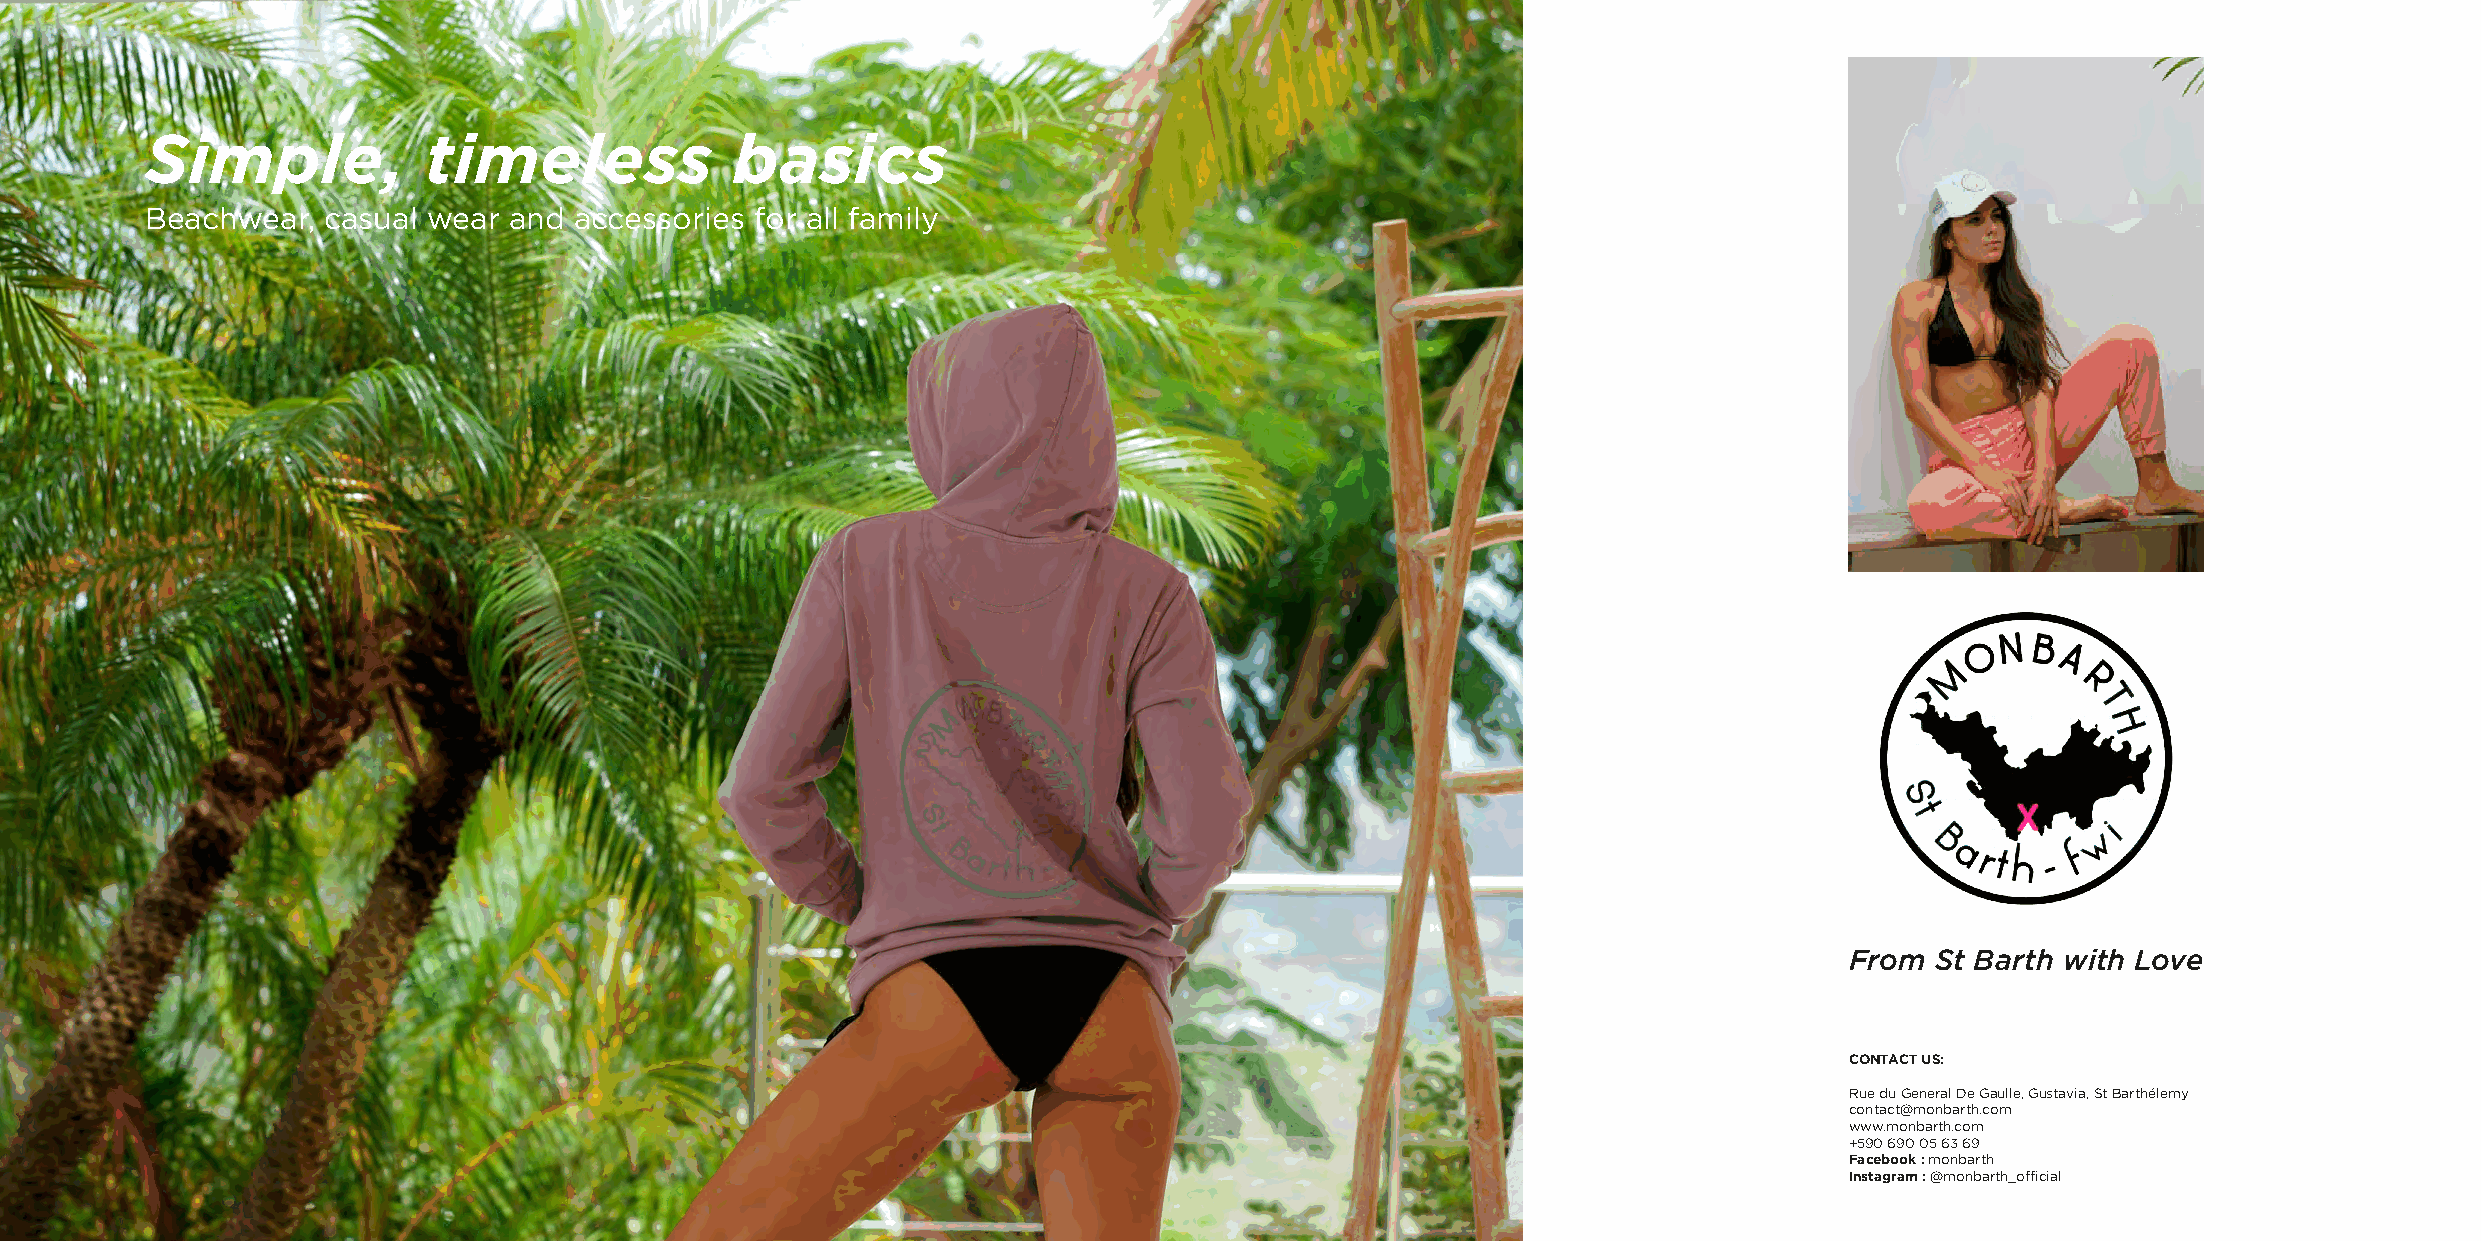
Simple,           timeless             basics
 beachwear, casual wear  and accessories for all family
 From  St Barth with Love
 coNTAcT us:
 rue du general de gaulle, gustavia, st barthélemy
 contact@monbarth.com
 www.monbarth.com
 +590 690 05 63 69
 facebook : monbarth
 Instagram : @monbarth_official